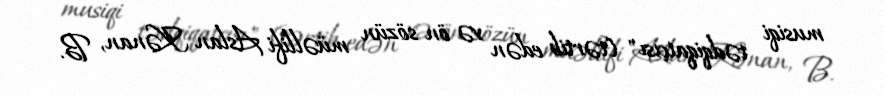
musiqi tədqiqatçısı" (tərtib edən və ön sözün müəllifi Aslan Kənan, B.